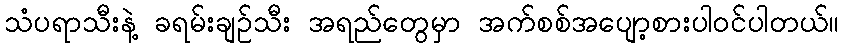
သံပရာသီးနဲ့ ခရမ်းချဉ်သီး အရည်တွေမှာ အက်စစ်အပျော့စားပါဝင်ပါတယ်။